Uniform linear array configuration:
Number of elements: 32
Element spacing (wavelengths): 0.5
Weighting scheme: exponential
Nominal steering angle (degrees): -60
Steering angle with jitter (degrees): -59.481
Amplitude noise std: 0.05
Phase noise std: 0.05

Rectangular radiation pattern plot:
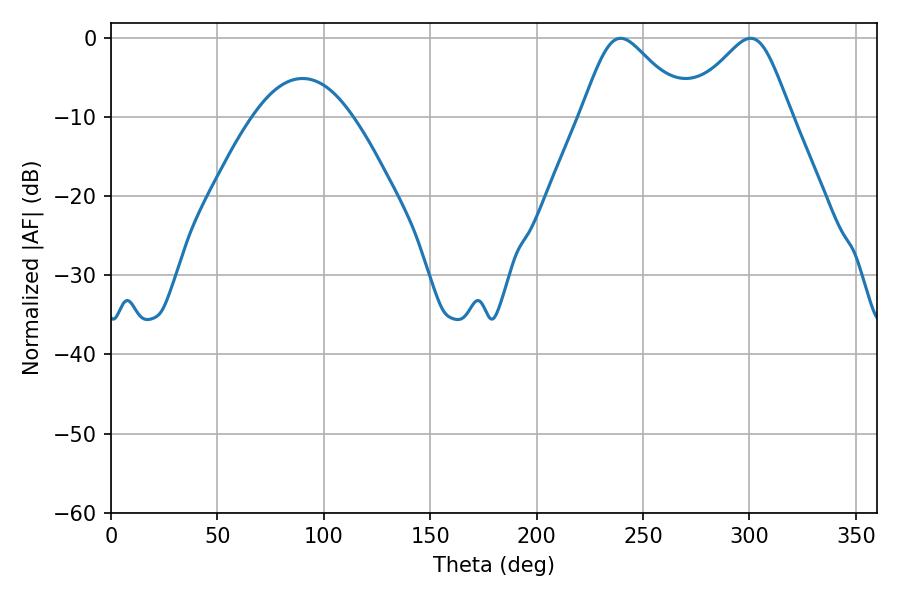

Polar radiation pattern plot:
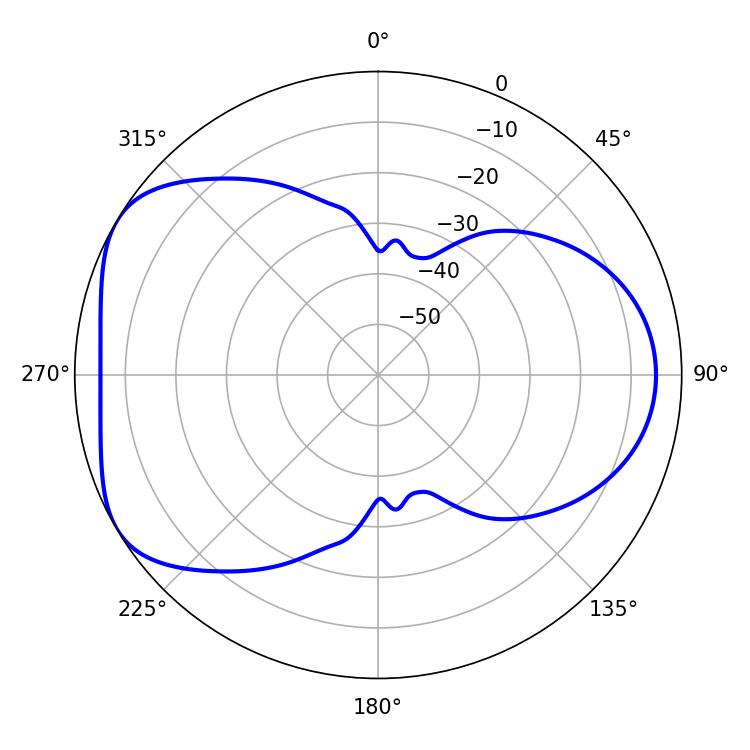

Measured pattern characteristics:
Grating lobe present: FALSE
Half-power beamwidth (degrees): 24.3
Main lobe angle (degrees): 239.4